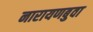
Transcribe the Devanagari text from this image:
नारायणबुवा